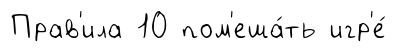
Прав'ила 10 пом'еша́ть игр'е́